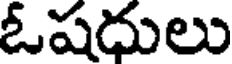
ఓషదులు